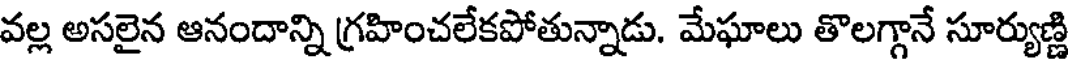
వల్ల అసలైన ఆనందాన్ని గ్రహించలేకపోతున్నాడు. మేఘాలు తొలగ్గానే సూర్యుణ్ణి